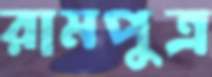
রামপুত্র